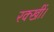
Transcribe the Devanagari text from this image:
रक्खीं।